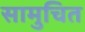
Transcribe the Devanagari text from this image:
सामुचित